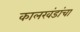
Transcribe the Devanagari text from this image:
कालखंडांचा